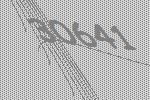
30641